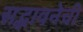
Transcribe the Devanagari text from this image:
सद्भावनेची